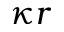
\kappa r